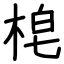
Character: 梍